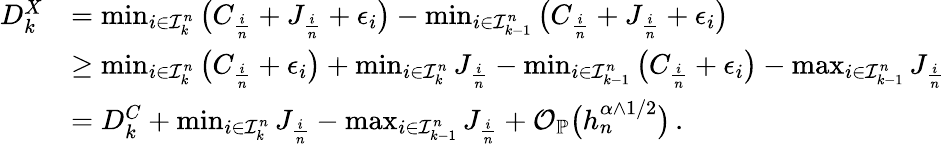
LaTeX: \begin{array}{rl}{D_{k}^{X}}&{=\operatorname*{min}_{i\in\mathcal{I}_{k}^{n}}\big(C_{\frac{i}{n}}+J_{\frac{i}{n}}+\epsilon_{i}\big)-\operatorname*{min}_{i\in\mathcal{I}_{k-1}^{n}}\big(C_{\frac{i}{n}}+J_{\frac{i}{n}}+\epsilon_{i}\big)}\\ &{\ge\operatorname*{min}_{i\in\mathcal{I}_{k}^{n}}\big(C_{\frac{i}{n}}+\epsilon_{i}\big)+\operatorname*{min}_{i\in\mathcal{I}_{k}^{n}}J_{\frac{i}{n}}-\operatorname*{min}_{i\in\mathcal{I}_{k-1}^{n}}\big(C_{\frac{i}{n}}+\epsilon_{i}\big)-\operatorname*{max}_{i\in\mathcal{I}_{k-1}^{n}}J_{\frac{i}{n}}}\\ &{=D_{k}^{C}+\operatorname*{min}_{i\in\mathcal{I}_{k}^{n}}J_{\frac{i}{n}}-\operatorname*{max}_{i\in\mathcal{I}_{k-1}^{n}}J_{\frac{i}{n}}+\mathcal{O}_{\mathbb{P}}\big(h_{n}^{\alpha\wedge 1/2}\big)\, .}\end{array}